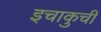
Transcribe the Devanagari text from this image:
इचाकुची